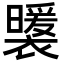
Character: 𧞈